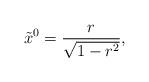
LaTeX: \begin{align*}\tilde{x}^0 = \frac{r}{\sqrt{1-r^2}},\end{align*}